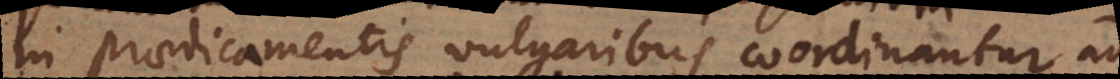
in praedicamentis vulgaribus coordinantur ad